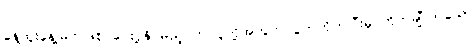
နေ့ထူးနေ့မြတ်ဖြစ် ပေးပို့နိုင်မည့် ဤလူတို့အတွက် ပွတ်တိုက်ပြီးမှ ကိုက်ချီလာသော